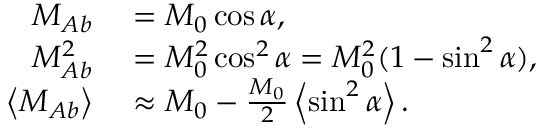
\begin{array} { r l } { M _ { A b } } & { { } = M _ { 0 } \cos \alpha , } \\ { M _ { A b } ^ { 2 } } & { { } = M _ { 0 } ^ { 2 } \cos ^ { 2 } \alpha = M _ { 0 } ^ { 2 } ( 1 - \sin ^ { 2 } \alpha ) , } \\ { \left\langle { M _ { A b } } \right\rangle } & { { } \approx M _ { 0 } - \frac { M _ { 0 } } { 2 } \left\langle { \sin ^ { 2 } \alpha } \right\rangle . } \end{array}